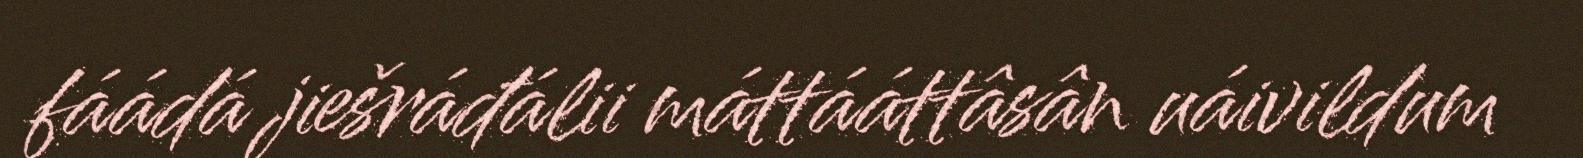
fáádá jiešráđálii máttááttâsân uáivildum